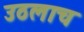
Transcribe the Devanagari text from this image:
उठलाच